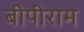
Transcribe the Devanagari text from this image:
बीपीराम